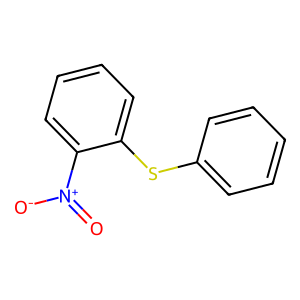
SMILES: O=[N+]([O-])c1ccccc1Sc1ccccc1
Inhibits HIV replication: Yes